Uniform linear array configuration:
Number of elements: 24
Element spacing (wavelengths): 0.25
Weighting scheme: kaiser
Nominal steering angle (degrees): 15
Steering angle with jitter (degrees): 15.73
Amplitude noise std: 0.05
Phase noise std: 0.05

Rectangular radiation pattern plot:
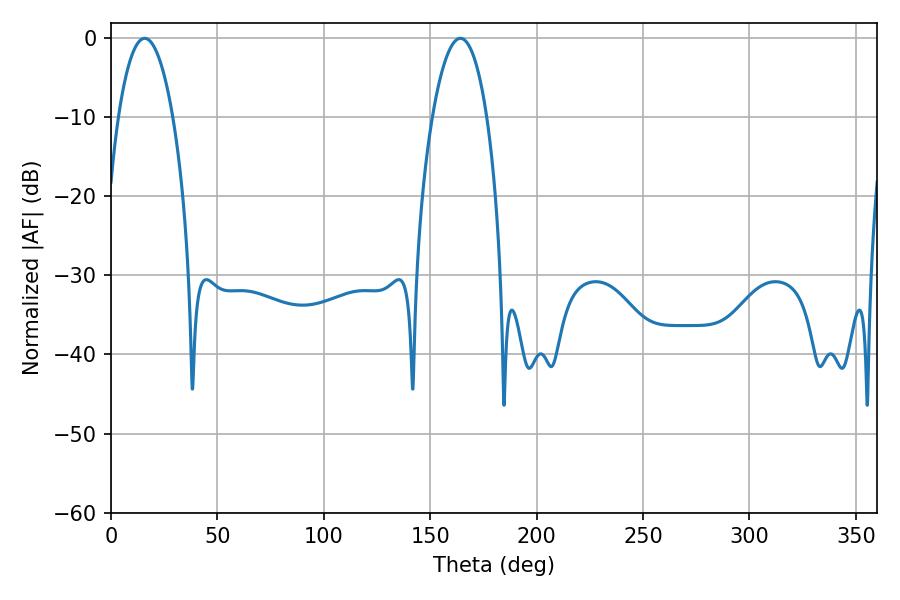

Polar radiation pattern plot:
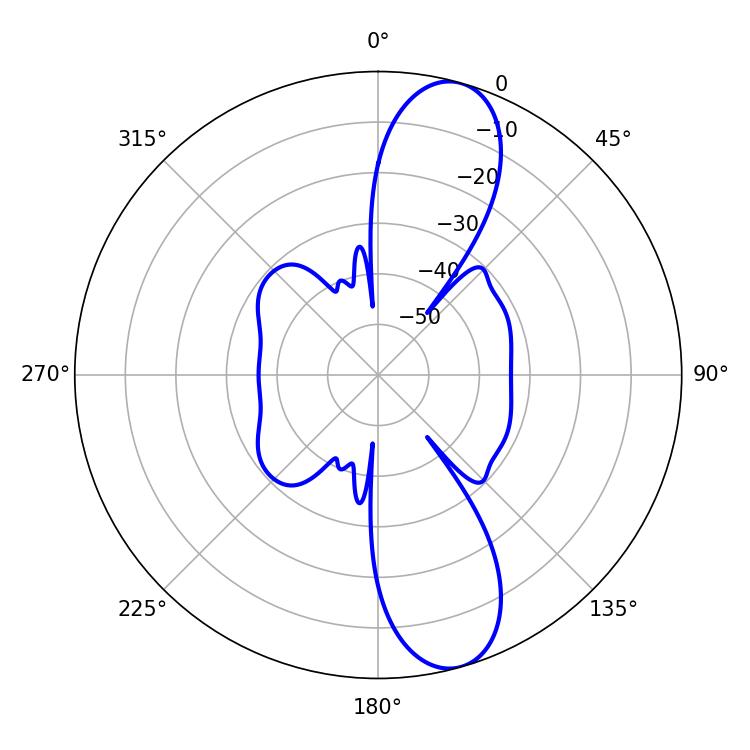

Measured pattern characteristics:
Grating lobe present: FALSE
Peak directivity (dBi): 11.372
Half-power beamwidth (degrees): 14.22
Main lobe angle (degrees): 15.84